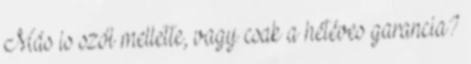
Más is szól mellette, vagy csak a hétéves garancia?